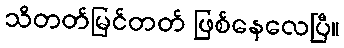
သိတတ်မြင်တတ် ဖြစ်နေလေပြီ။